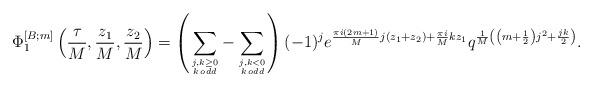
LaTeX: \begin{align*}\Phi^{[B;m]}_{1}\left(\frac{\tau}{M},\frac{z_1}{M},\frac{z_2}{M}\right)=\left(\sum\limits_{j,k\geq0 \atop k\,odd}-\sum\limits_{j,k<0 \atop k\,odd}\right)(-1)^j e^{\frac{\pi i(2m+1)}{M}j(z_1+z_2)+\frac{\pi i}{M}k z_1} q^{\frac{1}{M}\left(\left(m+\frac{1}{2}\right)j^2+\frac{jk}{2}\right)}.\end{align*}